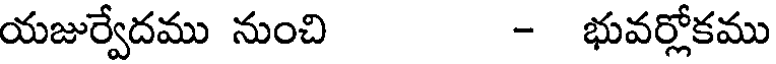
యజుర్వేదము నుంచి - భువర్లోకము